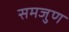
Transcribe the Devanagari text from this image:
समजुण